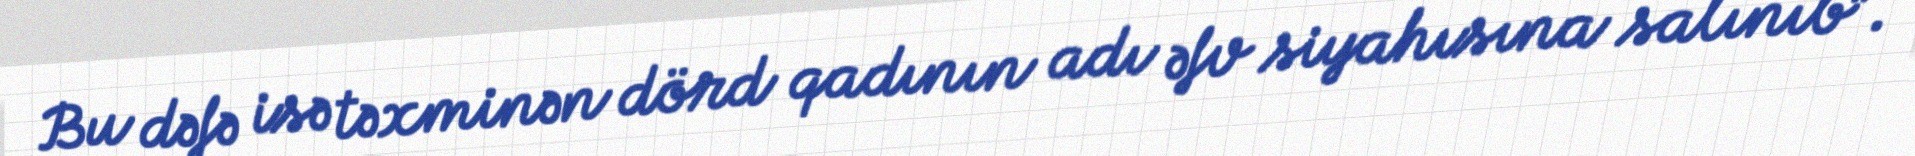
Bu dəfə isə təxminən dörd qadının adı əfv siyahısına salınıb”.